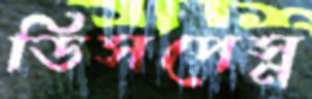
ডিসপেস্ন